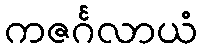
ကဇင်္ဂလာယံ